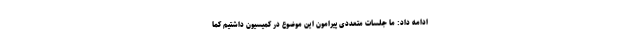
ادامه داد: ما جلسات متعددی پیرامون این موضوع در کمیسیون داشتیم کما